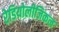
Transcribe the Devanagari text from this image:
रेडियोलीजिकल